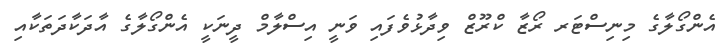
އެންގޯލާގެ މިނިސްޓަރ ރޯޒާ ކްރޫޒް ވިދާޅުވެފައި ވަނީ އިސްލާމް ދީނަކީ އެންގޯލާގެ އާދަކާދަތަކާއި